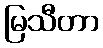
မြသီတာ